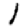
Digit: 1